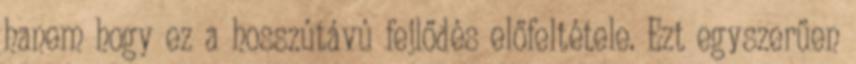
hanem hogy ez a hosszútávú fejlődés előfeltétele. Ezt egyszerűen